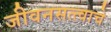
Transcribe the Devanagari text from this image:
जीवनसत्त्वाचे